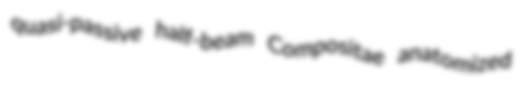
quasi-passive half-beam Compositae anatomized